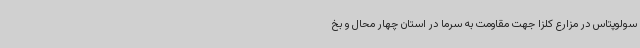
سولوپتاس در مزارع کلزا جهت مقاومت به سرما در استان چهار محال و بخ